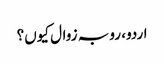
اردو، رو بہ زوال کیوں؟